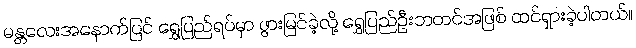
မန္တလေးအနောက်ပြင် ရွှေပြည်ရပ်မှာ ဖွားမြင်ခဲ့လို့ ရွှေပြည်ဦးဘတင်အဖြစ် ထင်ရှားခဲ့ပါတယ်။